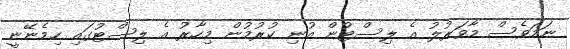
ނަމަވެސް މާވަރުލު އެ ލިސްޓުން އުނި ކުރުމުން މިހާރު އެ ލިސްޓުގައި ހިމެނޭނީ